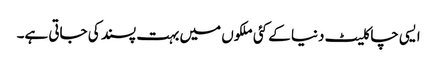
ایسی چاکلیٹ دنیا کے کئی ملکوں میں بہت پسند کی جاتی ہے۔